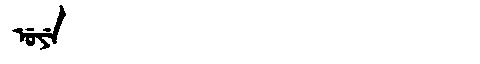
Manchu: ᡠᠶᡝ
Romanization: UYE